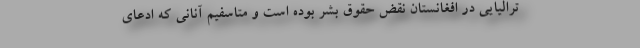
ترالیایی در افغانستان نقض حقوق بشر بوده است و متاسفیم آنانی که ادعای